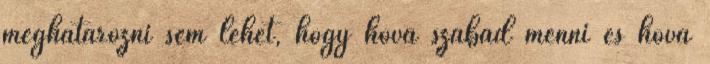
meghatározni sem lehet, hogy hová szabad menni és hová